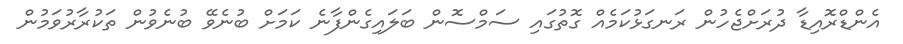
އެންޑްރޮއިޑާ ދުރަށްޖެހުން ރަނގަޅުކަމެއް ގޮތުގައި ސަމްސޮން ބަލައިގެންފާނެ ކަމަށް ބުނެވޭ ބުނެވުން ތަކުރާރުވަމުން